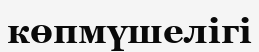
көпмүшелігі